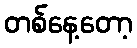
တစ်နေ့တော့